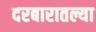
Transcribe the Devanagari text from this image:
दरबारातल्या